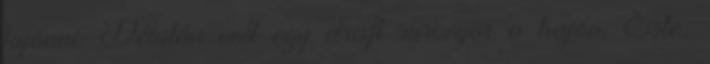
kijönni. Délután volt egy draft surveyor a hajón. Este,